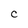
Character: C